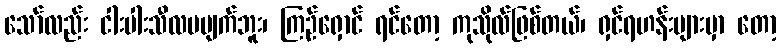
သော်လည်း ငါးပါးသီလမပျက်ဘူး၊ ကြဉ်ရှောင် ရင်တော့ ကုသိုလ်ဖြစ်တယ်၊ ရှင်ရဟန်းများမှာ တော့